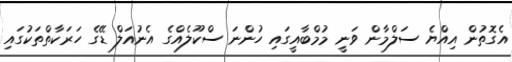
އެގޮތުން އިއްޔެ ސަލްމާން ވަނީ މުމްބާއީގައި ހުންނަ ސްކޫލެއްގެ އެނުއަލް ޑޭގެ ހަރަކާތްތަކުގައި